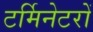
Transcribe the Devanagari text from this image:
टर्मिनेटरों